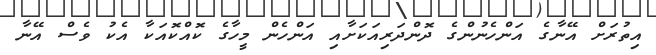
އިތުރަށް އޭނާގެ އަންހެނުންގެ ދޮންދަރިއަކަށާއި އަންހެން މީހާގެ ކޮއްކޮއަކާ އެކު ވެސް އޭނާ